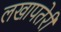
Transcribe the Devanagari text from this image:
लखापतेरी